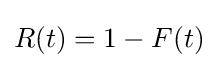
R(t)=1-F(t)